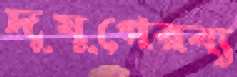
দুযুগেরব্য